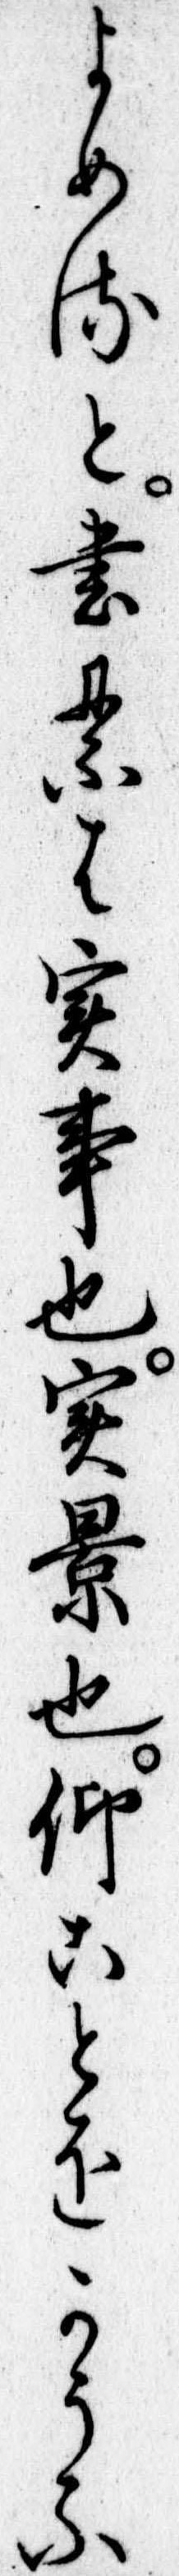
よめると書るは実事也実景也仰ことをかうふ